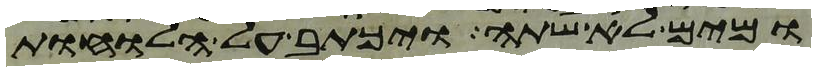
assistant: ומים לא שתה ויכתב על הלוחות